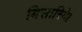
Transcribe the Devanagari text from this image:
बिसारिये।